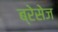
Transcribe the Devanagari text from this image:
ब्रेसेज